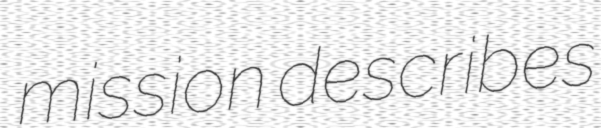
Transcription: mission describes